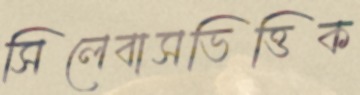
সিলেবাসভিত্তিক